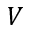
V